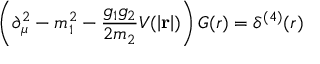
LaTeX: \left( \partial _ { \mu } ^ { 2 } - m _ { 1 } ^ { 2 } - \frac { g _ { 1 } g _ { 2 } } { 2 m _ { 2 } } V ( \left| { \bf r } \right| ) \right) G ( r ) = \delta ^ { ( 4 ) } ( r )